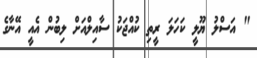
" އަސްލު ޔޫލީ ކަހަލަ ރީތި ކުއްޖަކު ސާއިލްއަށް ލިބުން އެއީ އޭނާގެ